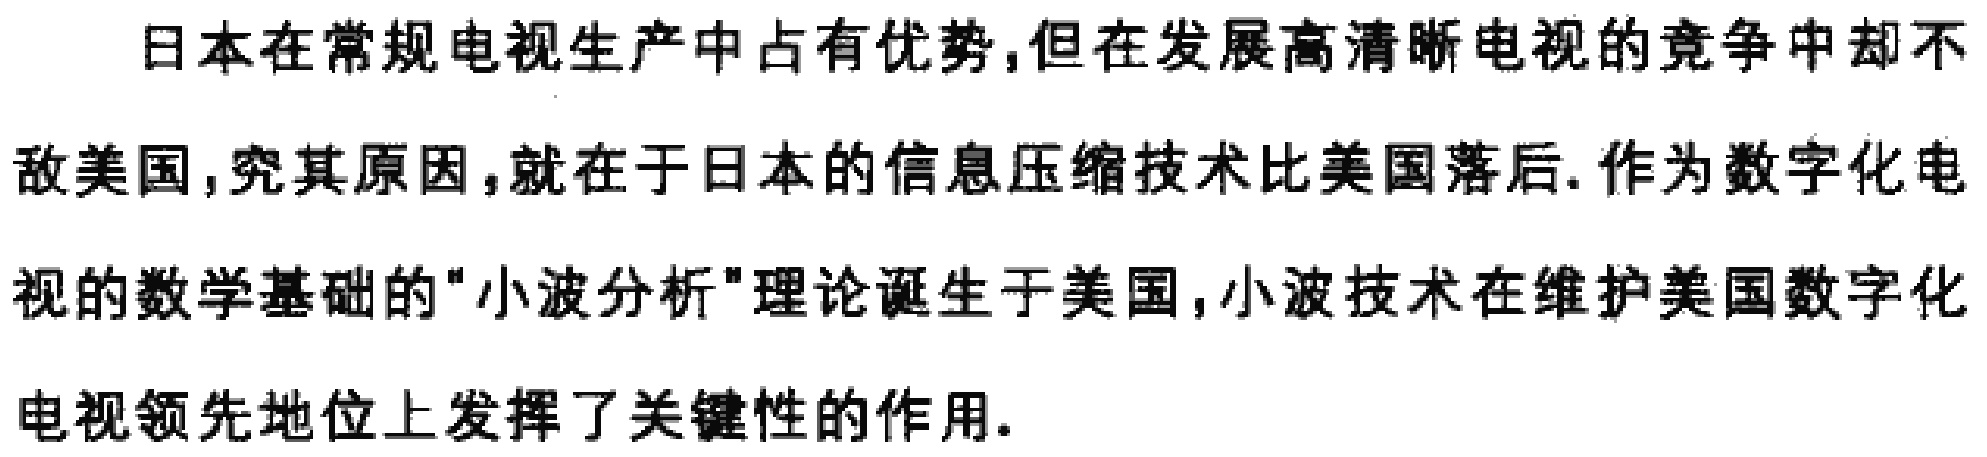
日本在常规电视生产中占有优势,但在发展高清晰电视的竞争中却不敌美国,究其原因,就在于日本的信息压缩技术比美国落后.作为数字化电视的数学基础的"小波分析"理论诞生于美国,小波技术在维护美国数字化电视领先地位上发挥了关键性的作用.